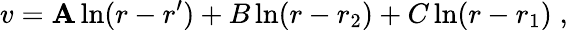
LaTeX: v=\mathbf{A}\ln(r-r^{\prime})+B\ln(r-r_{2})+C\ln(r-r_{1})\; ,